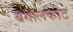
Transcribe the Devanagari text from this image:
बगालकोट